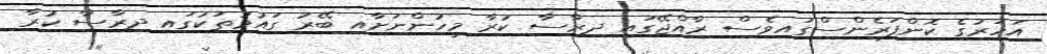
އަހަރުގެ ކޮންފަރެންސްގައިވެސް ރާއްޖޭގައި ދިރާސާ ކުރާ މީހުންނަށާއި ބޭރު ގައުމުތަކުގައި ދިރާސާ ކުރާ